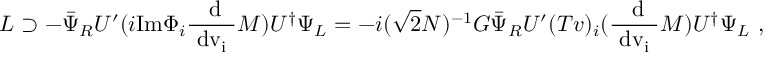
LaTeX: { \cal L } \supset - \bar { \Psi } _ { R } U ^ { \prime } ( i \mathrm { I m } \Phi _ { i } \mathrm { \frac { ~ d } { ~ d v _ { i } ~ } } M ) U ^ { \dagger } \Psi _ { L } = - i ( \sqrt { 2 } N ) ^ { - 1 } G \bar { \Psi } _ { R } U ^ { \prime } ( T v ) _ { i } ( \mathrm { \frac { ~ d } { ~ d v _ { i } ~ } } M ) U ^ { \dagger } \Psi _ { L } \ ,